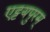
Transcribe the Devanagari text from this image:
एट्टयपुरम्